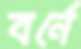
বর্নে